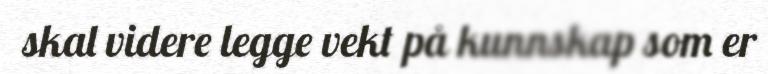
skal videre legge vekt på kunnskap som er